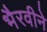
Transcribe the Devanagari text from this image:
भैरवीने